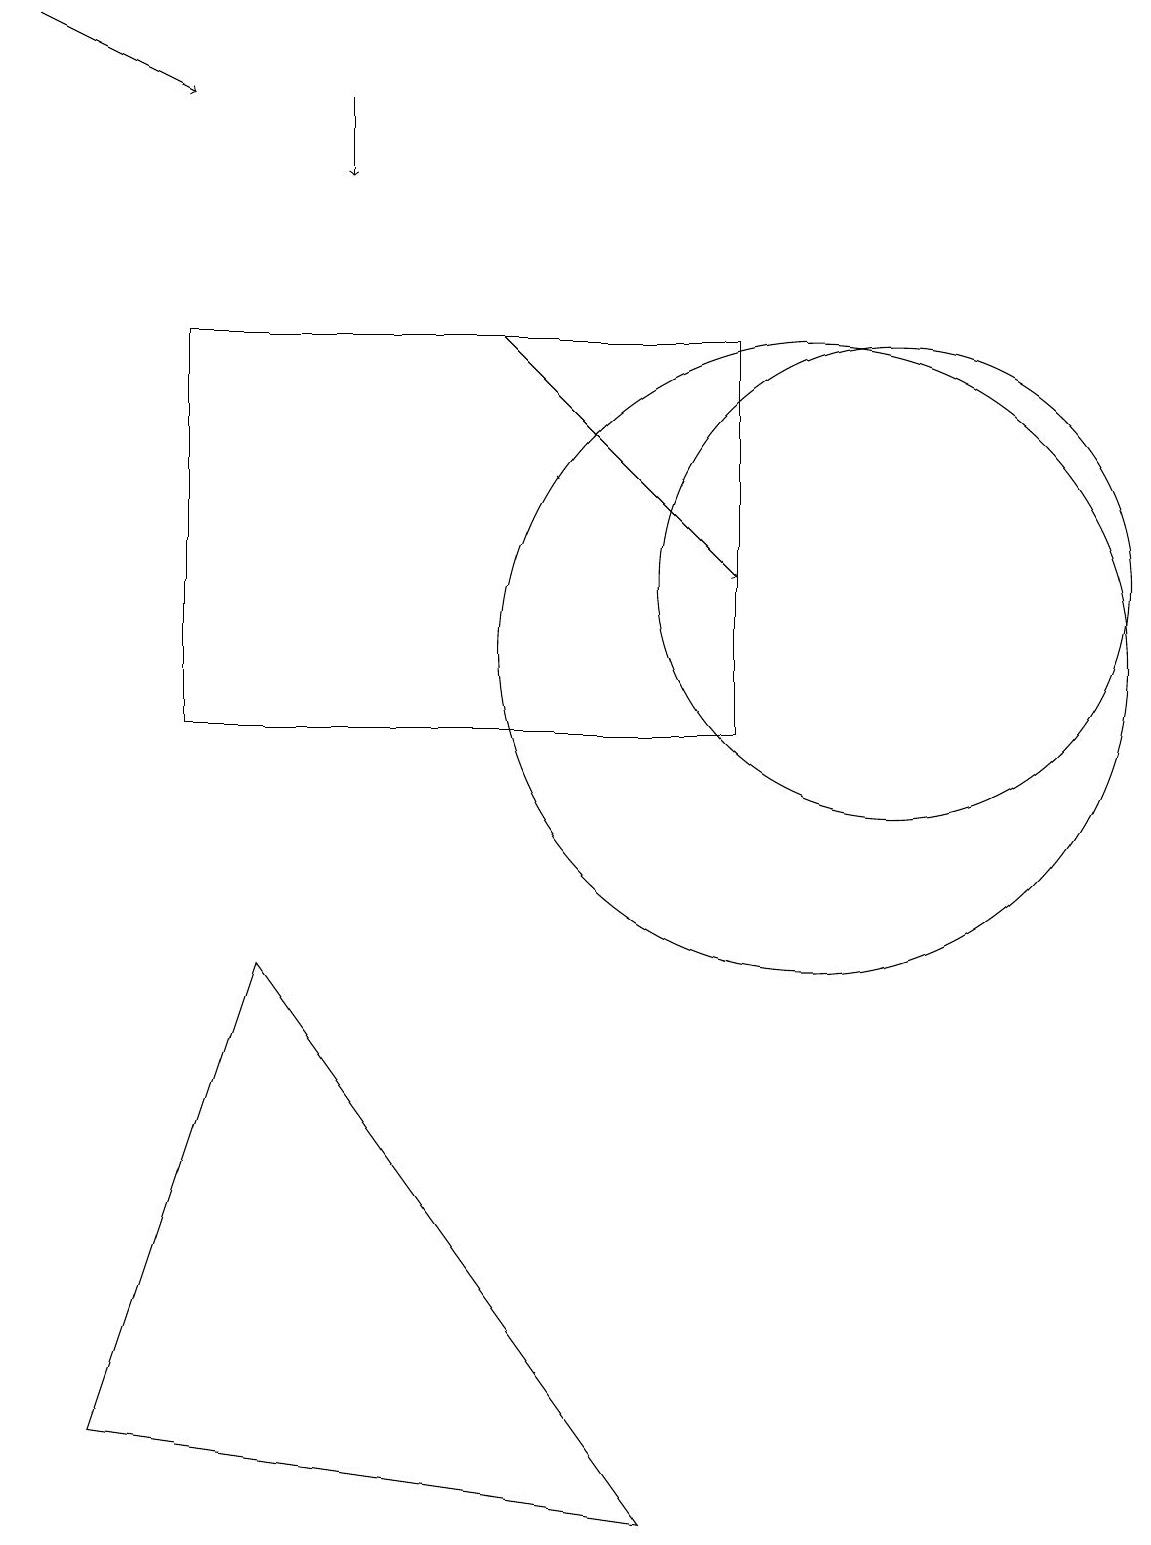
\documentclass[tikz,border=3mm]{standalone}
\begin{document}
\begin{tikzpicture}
\draw (3,7) -- (8,0) -- (1,1) -- cycle;
\draw[->] (6,15) -- (9,12);
\draw[->] (0,19) -- (2,18);
\draw (9,15) rectangle (2,10);
\draw (10,11) circle (4);
\draw[->] (4,18) -- (4,17);
\draw (11,12) circle (3);
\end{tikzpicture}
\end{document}